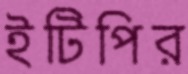
ইটিপির